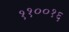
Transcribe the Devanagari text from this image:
११००१६